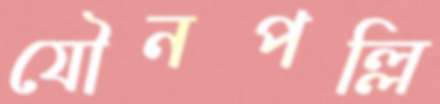
যৌনপল্লি